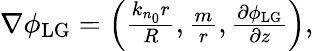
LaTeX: \begin{array}{r}{\nabla\phi_{\mathrm{LG}}=\left(\frac{k_{n_{0}}r}{R},\frac{m}{r},\frac{\partial\phi_{\mathrm{LG}}}{\partial z}\right),}\end{array}